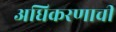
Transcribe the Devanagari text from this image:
अधिकरणाची